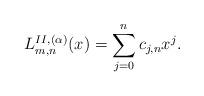
LaTeX: \begin{gather*}L_{m,n}^{II,(\alpha)}(x)=\sum_{j=0}^nc_{j,n}x^j.\end{gather*}